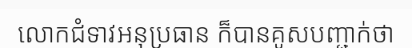
លោកជំទាវអនុប្រធាន ក៏បានគូសបញ្ជាក់ថា